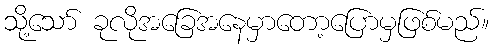
သို့သော် ခုလိုအခြေအနေမှာတော့ပြောမှဖြစ်မည်။